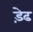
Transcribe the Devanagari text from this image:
ड़ेढ